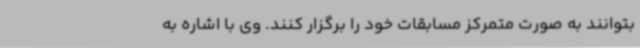
بتوانند به صورت متمرکز مسابقات خود را برگزار کنند. وی با اشاره به